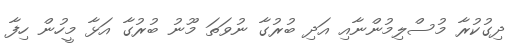
ދިގުކުރާ މުސްލިމުންނާއި އަދި ބުރުގާ ނުވަތަ މޫނު ބުރުގާ އަޅާ މީހުން ހިފާ